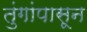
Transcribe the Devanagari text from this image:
तुंगांपासून